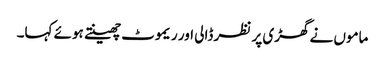
ماموں نے گھڑی پر نظر ڈالی اور ریموٹ چھینتے ہوئے کہا۔